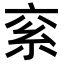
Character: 𥾻